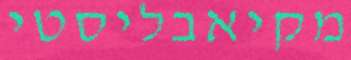
מקיאבליסטי